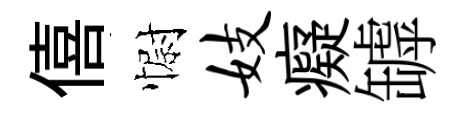
僖𢠢妓癡罅